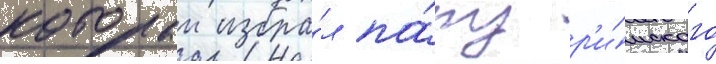
которыи избра́л па́пу р'и́мского